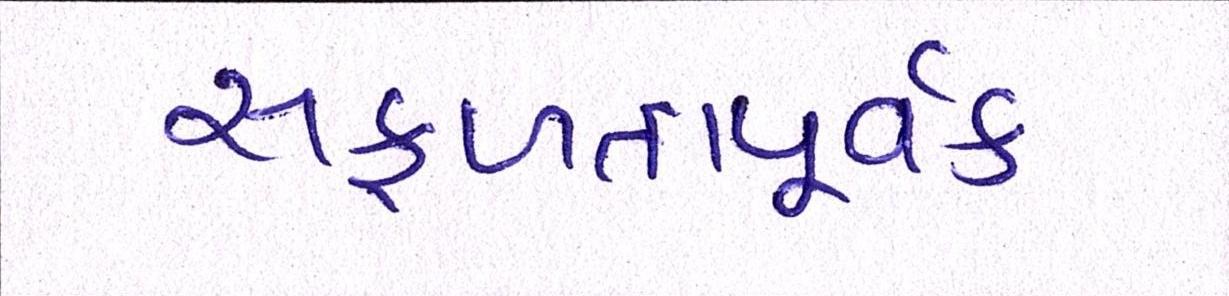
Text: સફળતાપૂર્વક